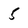
Character: 5